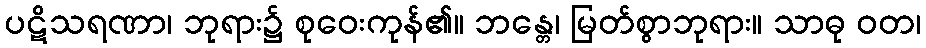
ပဋိသရဏာ၊ ဘုရား၌ စုဝေးကုန်၏။ ဘန္တေ၊ မြတ်စွာဘုရား။ သာဓု ဝတ၊